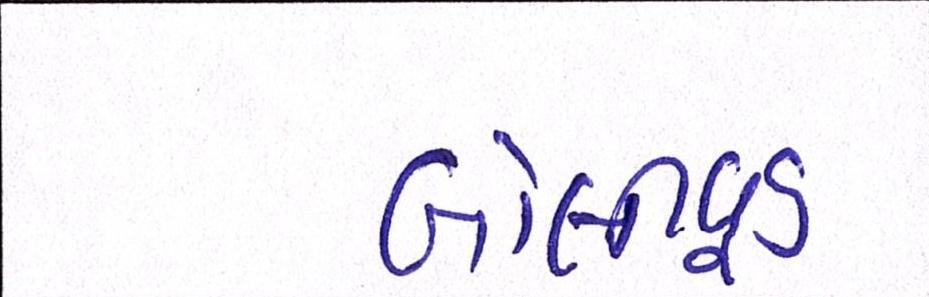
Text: બૉલીવૂડ